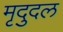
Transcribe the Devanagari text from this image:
मृदुदल